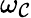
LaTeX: \omega_{\mathcal{C}}